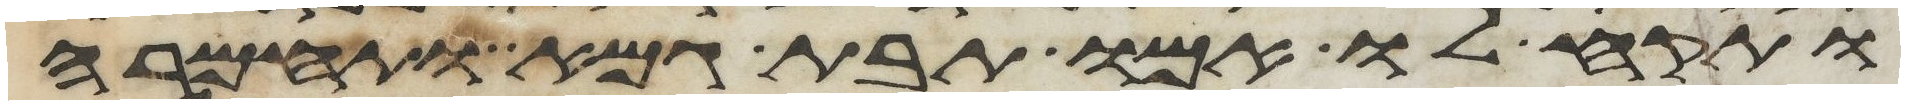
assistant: ותקח לו אמו תבת גמא ותחמרה